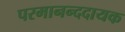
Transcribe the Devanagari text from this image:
परमानन्ददायक